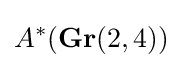
A^{*}(\mathbf {Gr} (2,4))